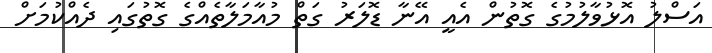
އަސްލު އޮޅުވާލުމުގެ ގޮތުން އެއީ އޭނާ ޑޮލަރު ގަތް މުއާމަލާތެއްގެ ގޮތުގައި ދެއްކުމަށް